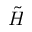
\tilde { H }